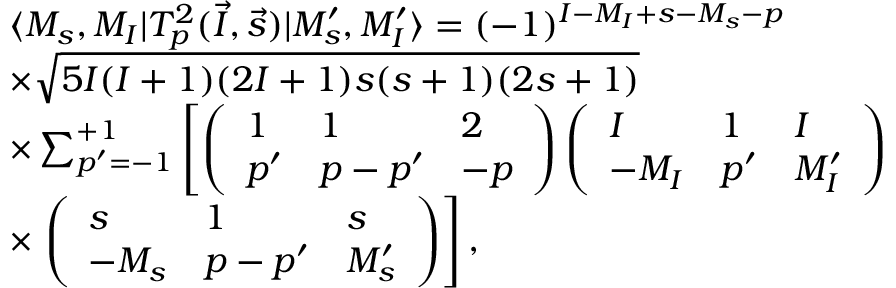
\begin{array} { r l } & { \langle M _ { s } , M _ { I } | T _ { p } ^ { 2 } ( \vec { I } , \vec { s } ) | M _ { s } ^ { \prime } , M _ { I } ^ { \prime } \rangle = ( - 1 ) ^ { I - M _ { I } + s - M _ { s } - p } } \\ & { \times \sqrt { 5 I ( I + 1 ) ( 2 I + 1 ) s ( s + 1 ) ( 2 s + 1 ) } } \\ & { \times \sum _ { p ^ { \prime } = - 1 } ^ { + 1 } \left[ \left( \begin{array} { l l l } { 1 } & { 1 } & { 2 } \\ { p ^ { \prime } } & { p - p ^ { \prime } } & { - p } \end{array} \right) \left( \begin{array} { l l l } { I } & { 1 } & { I } \\ { - M _ { I } } & { p ^ { \prime } } & { M _ { I } ^ { \prime } } \end{array} \right) \right. } \\ & { \times \left. \left( \begin{array} { l l l } { s } & { 1 } & { s } \\ { - M _ { s } } & { p - p ^ { \prime } } & { M _ { s } ^ { \prime } } \end{array} \right) \right] , } \end{array}